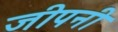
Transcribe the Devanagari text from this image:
जीपनी